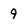
Character: 9